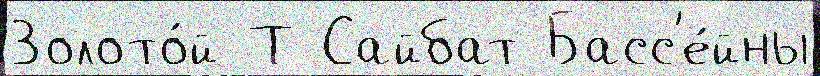
Золото́й Т Сайбат Басс'е́йны